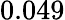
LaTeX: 0.049